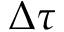
\Delta \tau